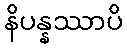
နိပန္နဿာပိ